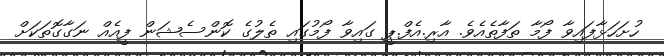
ހުށަހަޅާފައިވާ ފޯމާ ތަފާތެއެވެ. އާރި.އެފް.ޕީ ގައިވާ ފޯމުގައި ތެލުގެ ކޮންސެޝަން ފީއެއް ނަގާގޮތަކަށް